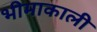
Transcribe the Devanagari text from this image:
भीमाकाली